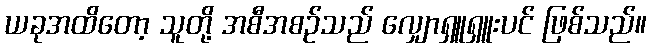
ယခုအထိတော့ သူတို့ အစီအစဉ်သည် လျှောရှူရှူးပင် ဖြစ်သည်။